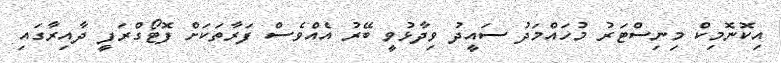
އިކޮނޮމިކް މިނިސްޓަރު މުހައްމަދު ސައީދު ވިދާޅުވީ ބޭރު އެއްވެސް ފަރާތަކަށް ފޮޓޯގްރަފީ ދާއިރާގައި